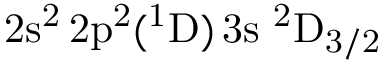
\mathrm { 2 s ^ { 2 } \, 2 p ^ { 2 } ( ^ { 1 } D ) \, 3 s ~ ^ { 2 } D _ { 3 / 2 } }